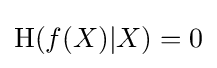
\mathrm {H} (f(X)|X)=0